Annual administration report of the Civil Veterinary Department of India - 1897-1898
Year: 1897
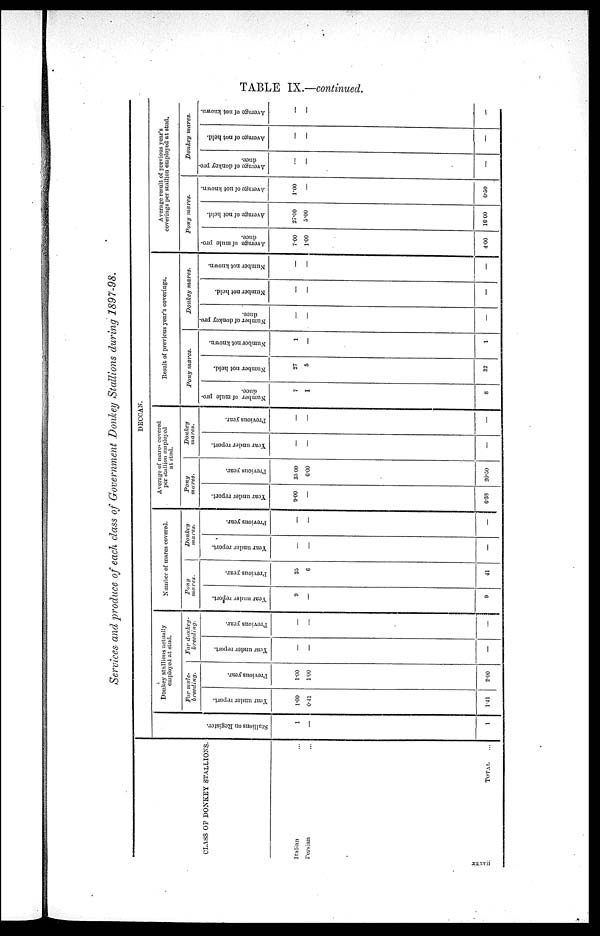
TABLE IX.—continued.
Services and produce of each class of Government Donkey Stallions during 1897—98.
CLASS OF DONKEY STALLIONS.
Italian ...
Persian
...
TOTAL ...
DECCAN.
St al l
i
ons on Regi st er .
1
—
1
Donkey stallions actually
employed at stud.
For mule—
breeding.
Year under report.
1.00
0.41
1.41
Previous year.
1.00
1.00
2.00
For donkey—
breeding.
Year under report.
—
—
—
Previous year.
—
—
—
Number of mares covered.
Pony
mares.
Year under report.
9
—
9
Previous year.
35
6
41
Donkey
mares.
Year under report.
—
—
—
Previous year.
—
—
—
Average of mares covered
per stallion employed
at stud.
Pony
mures.
Year under report.
9.00
—
6.38
Previous year.
35.0
6.00
20.50
Donkey
mares.
Year under report.
—
—
—
Previous year.
—
—
—
Result of previous year's coverings.
Pony
mares.
Number of mule pro-
duce.
—
1
8
Number not held.
27
5
32
Number not known.
1
—
1
Donkey
mares.
Number of donkey pro—
duce.
—
—
—
Number not held.
—
—
—
Number not known.
—
—
—
Average result of previous year's
coverings per stallion employed at stud.
Pony
mares.
Average of mule pro-
duce.
7.00
1.00
4.00
Average of not held.
27.00
5.00
16.00
Average of not known.
1.00
—
0.50
Donkey
mares.
Average of donkey pro-
duce.
—
—
—
Average of not held.
—
—
—
Average of not known.
—
—
—
xxxii